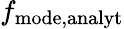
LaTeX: f_{\mathrm{mode,analyt}}